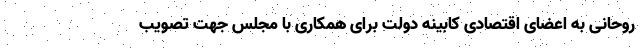
روحانی به اعضای اقتصادی کابینه دولت برای همکاری با مجلس جهت تصویب